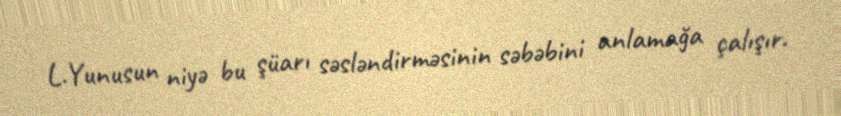
L.Yunusun niyə bu şüarı səsləndirməsinin səbəbini anlamağa çalışır.